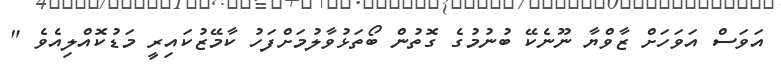
އަވަސް އަވަހަށް ޒާވްޔާ ނޫނެކޭ ބުނުމުގެ ގޮތުން ބޯތަޅުވާލުމަށްފަހު ކާމޭޒުކައިރީ މަޑުކޮއްލިއެވެ "